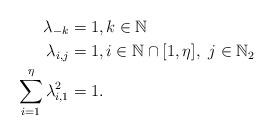
LaTeX: \begin{align*}\lambda_{-k} &= 1, k\in\mathbb{N}\\\lambda_{i,j} &= 1, i\in\mathbb{N}\cap [1,\eta],\ j\in\mathbb{N}_2\\\sum_{i=1}^{\eta}\lambda_{i,1}^{2} &= 1.\end{align*}